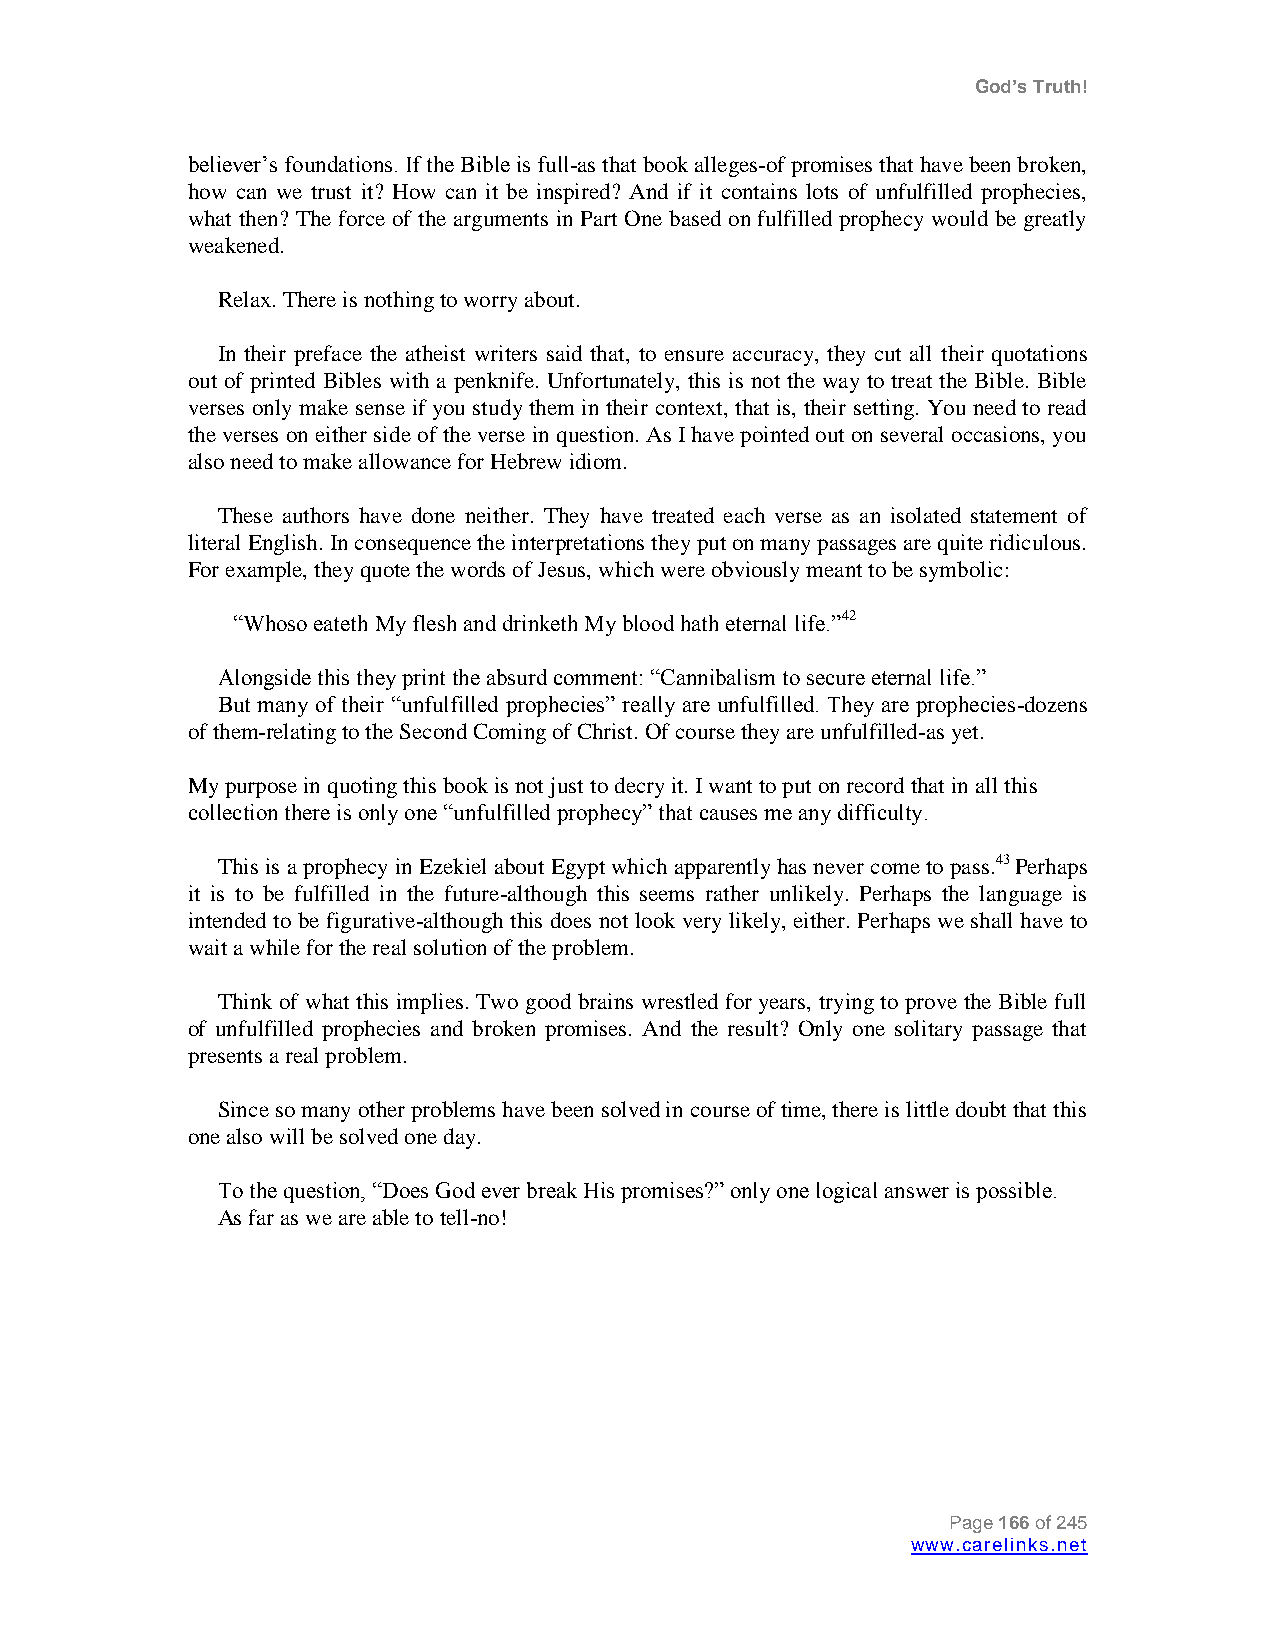
God’s Truth!
 believer‟s foundations. If the Bible is full-as that book alleges-of promises that have been broken,
 how can we trust it? How can it be inspired? And if it contains lots of unfulfilled prophecies,
 what then? The force of the arguments in Part One based on fulfilled prophecy would be greatly
 weakened.
 Relax. There is nothing to worry about.
 In their preface the atheist writers said that, to ensure accuracy, they cut all their quotations
 out of printed Bibles with a penknife. Unfortunately, this is not the way to treat the Bible. Bible
 verses only make sense if you study them in their context, that is, their setting. You need to read
 the verses on either side of the verse in question. As I have pointed out on several occasions, you
 also need to make allowance for Hebrew idiom.
 These authors have done neither. They have treated each verse as an isolated statement of
 literal English. In consequence the interpretations they put on many passages are quite ridiculous.
 For example, they quote the words of Jesus, which were obviously meant to be symbolic:
 “Whoso eateth My flesh and drinketh My blood hath eternal life.”42
 Alongside this they print the absurd comment: “Cannibalism to secure eternal life.”
 But many of their “unfulfilled prophecies” really are unfulfilled. They are prophecies-dozens
 of them-relating to the Second Coming of Christ. Of course they are unfulfilled-as yet.
 My purpose in quoting this book is not just to decry it. I want to put on record that in all this
 collection there is only one “unfulfilled prophecy” that causes me any difficulty.
 This is a prophecy in Ezekiel about Egypt which apparently has never come to pass.43 Perhaps
 it is to be fulfilled in the future-although this seems rather unlikely. Perhaps the language is
 intended to be figurative-although this does not look very likely, either. Perhaps we shall have to
 wait a while for the real solution of the problem.
 Think of what this implies. Two good brains wrestled for years, trying to prove the Bible full
 of unfulfilled prophecies and broken promises. And the result? Only one solitary passage that
 presents a real problem.
 Since so many other problems have been solved in course of time, there is little doubt that this
 one also will be solved one day.
 To the question, “Does God ever break His promises?” only one logical answer is possible.
 As far as we are able to tell-no!
 Page 166 of 245
 www.carelinks.net